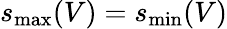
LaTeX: s_{\mathrm{max}}(V)=s_{\mathrm{min}}(V)